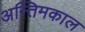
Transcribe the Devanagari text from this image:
अन्तिमकाल